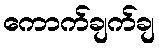
ကောက်ချက်ချ